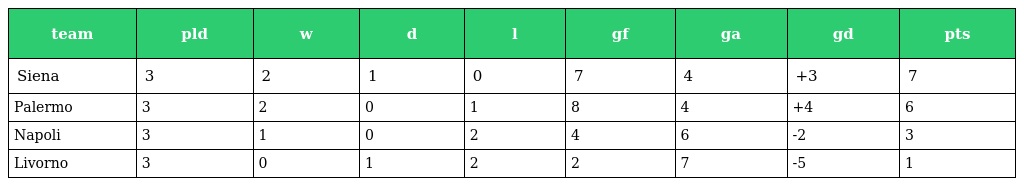
| team | pld | w | d | l | gf | ga | gd | pts |
 | --- | --- | --- | --- | --- | --- | --- | --- | --- |
 | Siena | 3 | 2 | 1 | 0 | 7 | 4 | +3 | 7 |
 | Palermo | 3 | 2 | 0 | 1 | 8 | 4 | +4 | 6 |
 | Napoli | 3 | 1 | 0 | 2 | 4 | 6 | -2 | 3 |
 | Livorno | 3 | 0 | 1 | 2 | 2 | 7 | -5 | 1 |